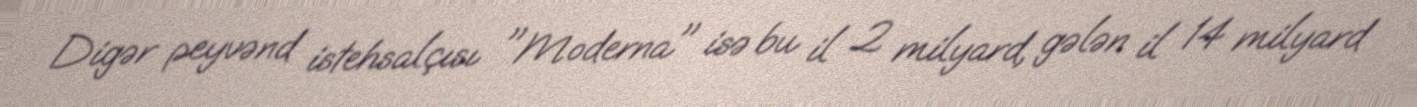
Digər peyvənd istehsalçısı "Moderna" isə bu il 2 milyard, gələn il 14 milyard